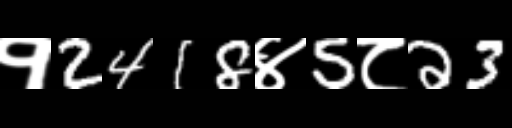
Text: १2418४5८23